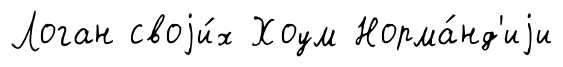
Логан своjи́х Хоум Норма́нд'иjи